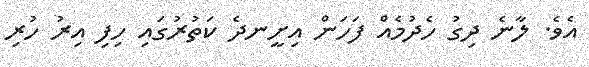
އެވެ. ލާނެ ދިގު ހެދުމެއް ފަހަން އިށީނދެ ކަތުރުގައި ހިފި އިރު ހުރި